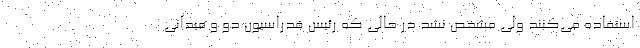
استفاده می‌کنند ولی مشخص نشد در حالی که رئیس فدراسیون دو و میدانی